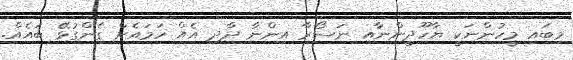
މިބައި މީހުންނަކީ ޔާހޫދީންނާއި ނަސޯރާ އިންނާ ދާދި އެއް ހަމައެށް ގެންގުޅޭ ބައެއް.